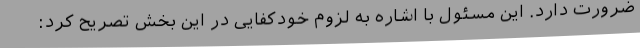
ضرورت دارد. این مسئول با اشاره به لزوم خودکفایی در این بخش تصریح کرد: